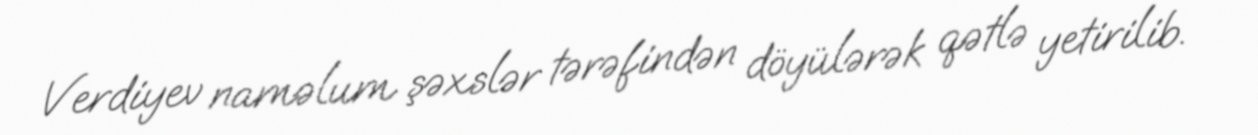
Verdiyev naməlum şəxslər tərəfindən döyülərək qətlə yetirilib.